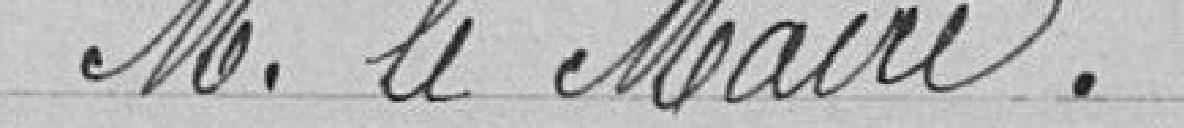
Monsieur le Maire.